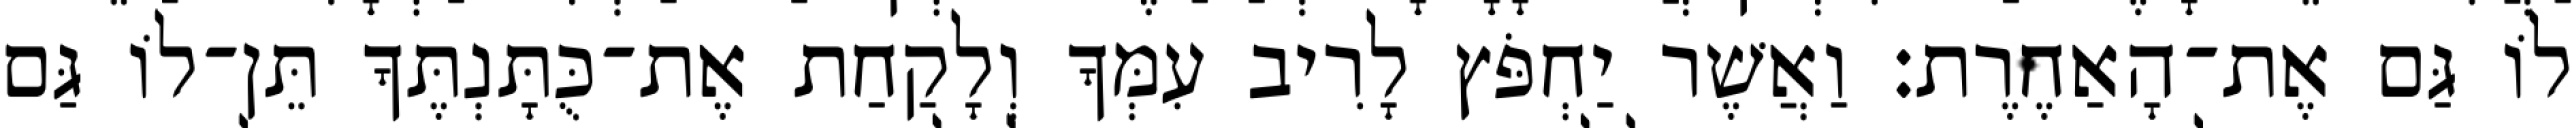
לוֹ גַּם אֶת־הָאַחֶרֶת׃ וַאֲשֶׁר יַחְפֹּץ לָרִיב עִמְּךָ וְלָקַחַת אֶת־כֻּתָּנְתֶּךָ תֵּן־לוֹ גַּם